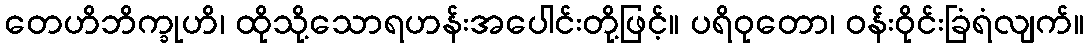
တေဟိဘိက္ခုဟိ၊ ထိုသို့သောရဟန်းအပေါင်းတို့ဖြင့်။ ပရိဝုတော၊ ဝန်းဝိုင်းခြံရံလျက်။